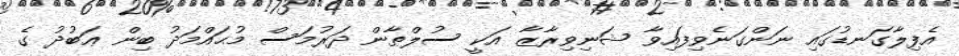
އެފިލާގަނޑުގައި ނަންގަނެވިފައިވާ ޝަނިވިރާޒާ އަކީ ސުލްޠާން ދަރުމަސް މުޙައްމަދު ބިން ޢަބުދު ގެ